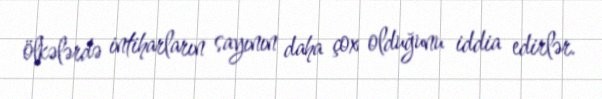
ölkələrdə intiharların sayının daha çox olduğunu iddia edirlər.